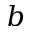
\boldsymbol { b }